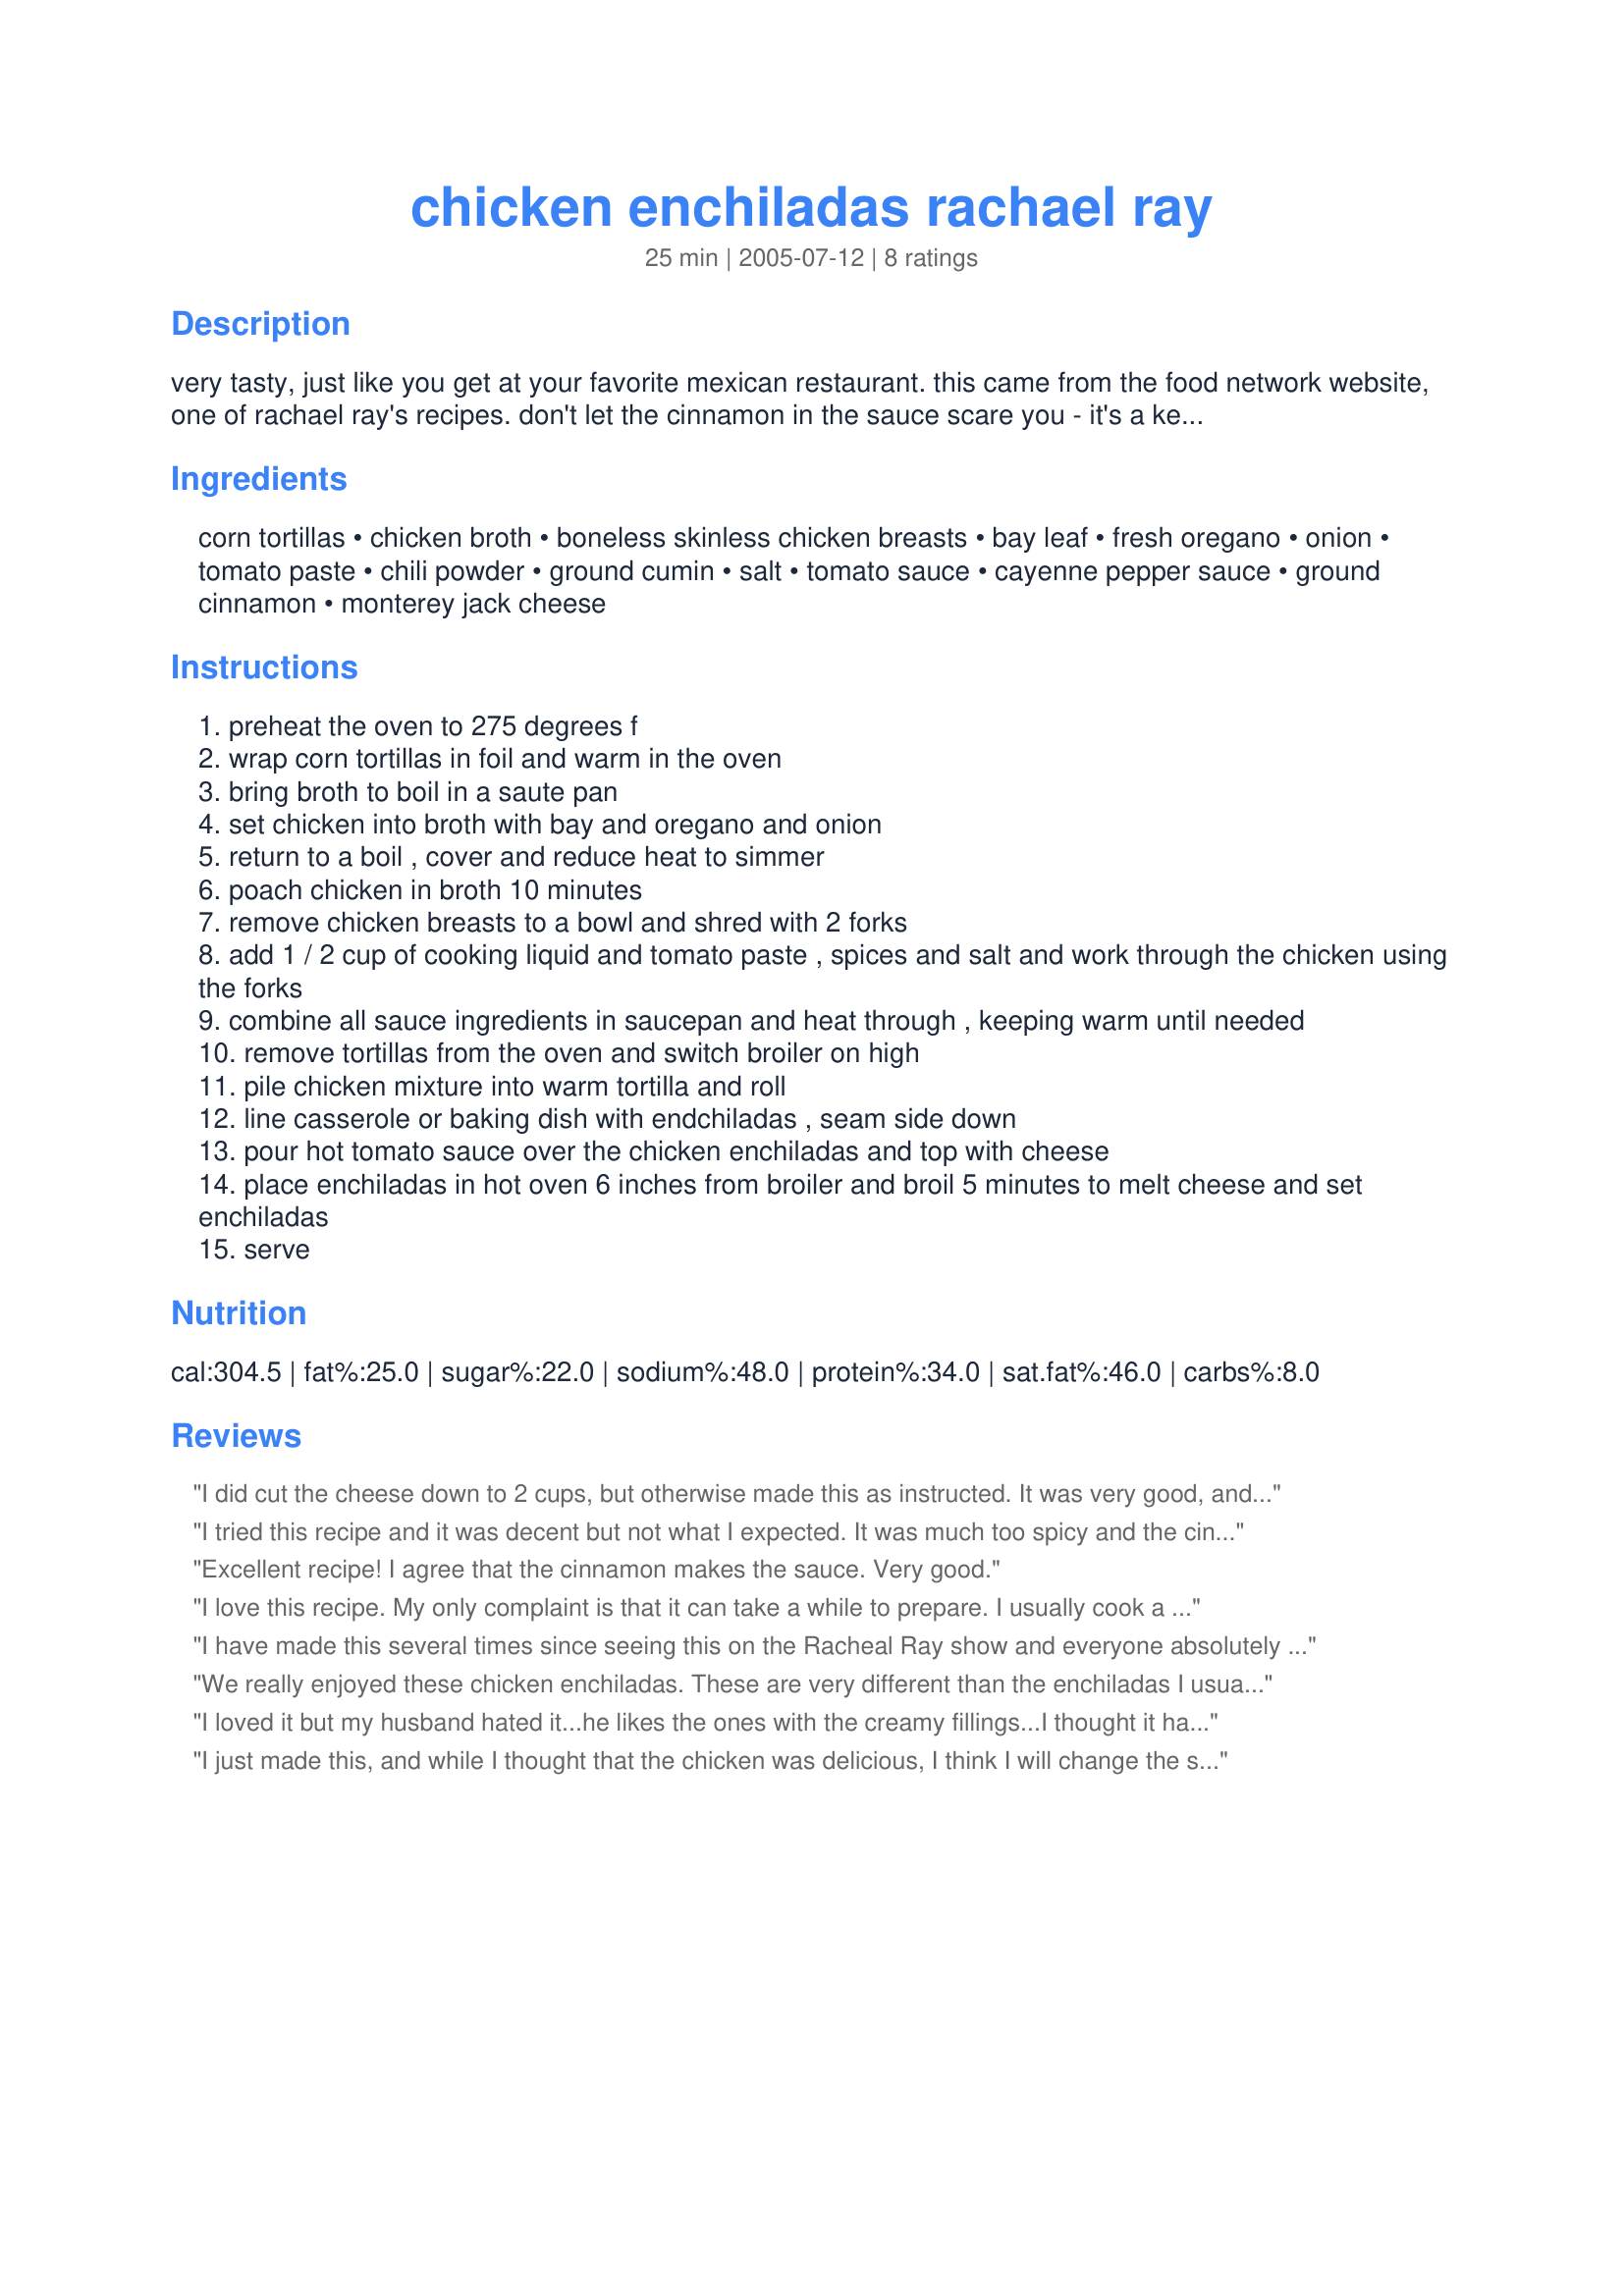
chicken enchiladas rachael ray
Preparation time: 25 minutes

very tasty, just like you get at your favorite mexican restaurant. this came from the food network website, one of rachael ray's recipes. don't let the cinnamon in the sauce scare you - it's a key ingredient. also, use about 1 teaspoon dried oregano if you don't have fresh, as called for in this recipe.

Ingredients:
corn tortillas, chicken broth, boneless skinless chicken breasts, bay leaf, fresh oregano, onion, tomato paste, chili powder, ground cumin, salt, tomato sauce, cayenne pepper sauce, ground cinnamon, monterey jack cheese

Steps:
preheat the oven to 275 degrees f
wrap corn tortillas in foil and warm in the oven
bring broth to boil in a saute pan
set chicken into broth with bay and oregano and onion
return to a boil , cover and reduce heat to simmer
poach chicken in broth 10 minutes
remove chicken breasts to a bowl and shred with 2 forks
add 1 / 2 cup of cooking liquid and tomato paste , spices and salt and work through the chicken using the forks
combine all sauce ingredients in saucepan and heat through , keeping warm until needed
remove tortillas from the oven and switch broiler on high
pile chicken mixture into warm tortilla and roll
line casserole or baking dish with endchiladas , seam side down
pour hot tomato sauce over the chicken enchiladas and top with cheese
place enchiladas in hot oven 6 inches from broiler and broil 5 minutes to melt cheese and set enchiladas
serve

Reviews:
I did cut the cheese down to 2 cups, but otherwise made this as instructed. It was very good, and the cinnamon was a nice addition--very subtle, because only a small amount is used. I disagree with the reviewer who said cinnamon does not belong in enchiladas as I have encountered cinnamon in red sauces in other Mexican/Southwestern recipes. Anyway, to me it tasted good. Recommended!
I tried this recipe and it was decent but not what I expected. It was much too spicy and the cinnamon gave a weird sweet after taste that should not be in enchiladas. I also agree that the cheese was too much.
Excellent recipe! I agree that the cinnamon makes the sauce. Very good.
I love this recipe. My only complaint is that it can take a while to prepare. I usually cook a lot extra and freeze the chicken filing and sauce separately, then just heat up in a pot on the stove when we want it again.
I have made this several times since seeing this on the Racheal Ray show and everyone absolutely loves it! The cinnamon might sound weird, but it totally is what makes the dish incredible and unique! This is one of my family's favorite dishes!
I'm currently following the South Beach Diet and for phase 2 with a couple of substitutions this is a great recipe. 

One thing I notice that is different on this recipe then how Rachael did it is here it states corn tortillas, on her website it says flour and I always use flour(whole wheat), I don't think corn tortillas would compliment the dish very well I would definitely use flour.
We really enjoyed these chicken enchiladas. These are very different than the enchiladas I usually make and were a nice change of pace. I reduced the cayenne pepper sauce to 1 tsp. so that my family would eat them and not be too spicy. Also, I added 1-2 tsp. of cumin to the sauce to give it a little more flavor. When rolling the enchiladas, I added some of the cheese with the chicken filling into each tortilla. The cinnamon is subtle, but adds its distinctive flavor to the sauce. Thank you for sharing this wonderful recipe.
*Made for And the Secret Ingredient is... tag game*
I loved it but my husband hated it...he likes the ones with the creamy fillings...I thought it had so much flavor and really didn't have any fat! I used flour tortillas though which I like much better than the corn ones!
I just made this, and while I thought that the chicken was delicious, I think I will change the sauce next time. I thought the cinnamon was too much, so I will probably use the rest of the can of tomato paste, mix it with 2 cups of the broth and add the cayenne and chili powder to that. I think that will make a more flavorful, less sweet sauce. I also used only about 1 1/2 cups of reduced-fat cheddar cheese to save fat and calories.
